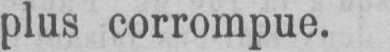
plus corrompue.